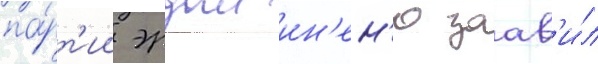
па́рт'ии эрдал ин'ен'ю заав'и́л